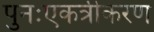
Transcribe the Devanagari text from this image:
पुनःएकत्रीकरण